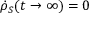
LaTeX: { \dot { \rho } } _ { S } ( t \rightarrow \infty ) = 0